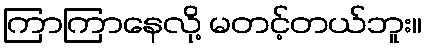
ကြာကြာနေလို့ မတင့်တယ်ဘူး။